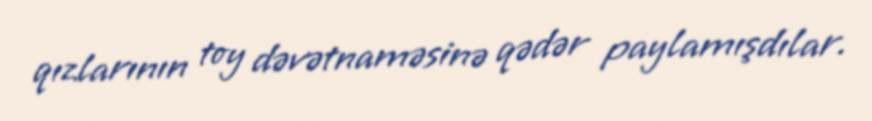
qızlarının toy dəvətnaməsinə qədər paylamışdılar.